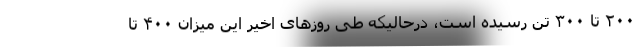
۲۰۰ تا ۳۰۰ تن رسیده است، درحالیکه طی روزهای اخیر این میزان ۴۰۰ تا